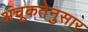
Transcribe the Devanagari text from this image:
अचूकतेनुसार